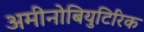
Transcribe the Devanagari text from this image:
अमीनोबियुटिरिक